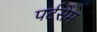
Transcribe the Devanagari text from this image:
पर्टसेम